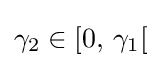
\gamma _{2}\in [0,\,\gamma _{1}[